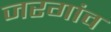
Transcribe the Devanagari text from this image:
जरगांव